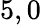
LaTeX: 5,0